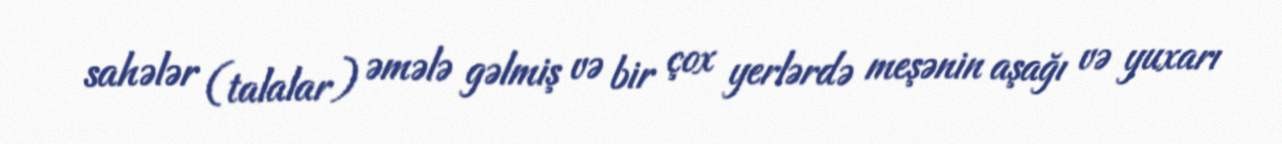
sahələr (talalar) əmələ gəlmiş və bir çox yerlərdə meşənin aşağı və yuxarı